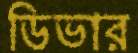
ডিভার